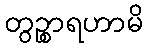
တွဉ္စာရဟာမိ